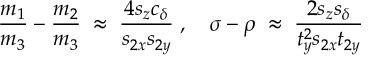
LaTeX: \frac { m _ { 1 } } { m _ { 3 } } - \frac { m _ { 2 } } { m _ { 3 } } \; \approx \; \frac { 4 s _ { z } c _ { \delta } } { s _ { 2 x } s _ { 2 y } } \; , ~ ~ ~ \sigma - \rho \; \approx \; \frac { 2 s _ { z } s _ { \delta } } { t _ { y } ^ { 2 } s _ { 2 x } t _ { 2 y } } \;